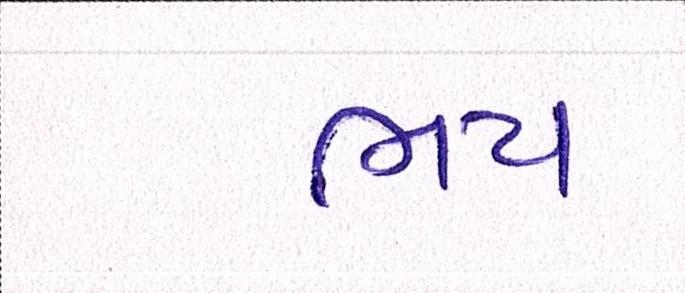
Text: ભય